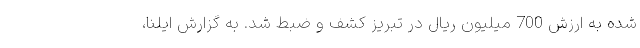
شده به ارزش 700 میلیون ریال در تبریز کشف و ضبط شد. به گزارش ایلنا،